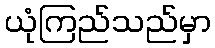
ယုံကြည်သည်မှာ